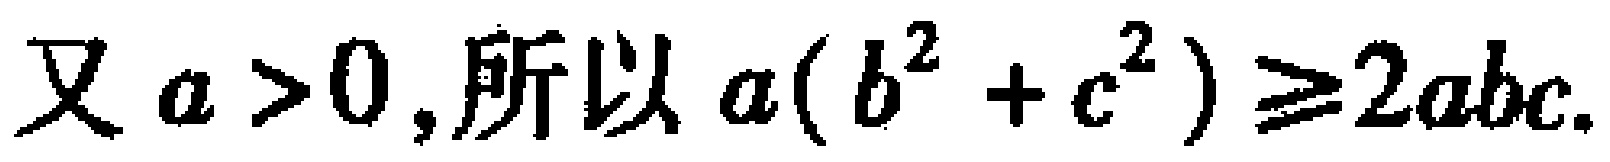
又 \(a > 0\),所以 \(a(b^{2}+c^{2})\geqslant2abc\).